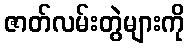
ဇာတ်လမ်းတွဲများကို